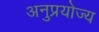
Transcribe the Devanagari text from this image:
अनुप्रयोज्य